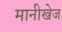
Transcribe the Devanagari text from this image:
मानीखेज